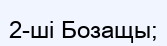
2-ші Бозащы;